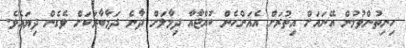
ހިނިތުންވުމުން އޭނައަށް އިތުރަށް އެއަންހެން ކުއްޖާއާ ދިމާލަށް ދާނެ ދަމާބާރަކަށް ވެގެން ދިޔައެވެ.